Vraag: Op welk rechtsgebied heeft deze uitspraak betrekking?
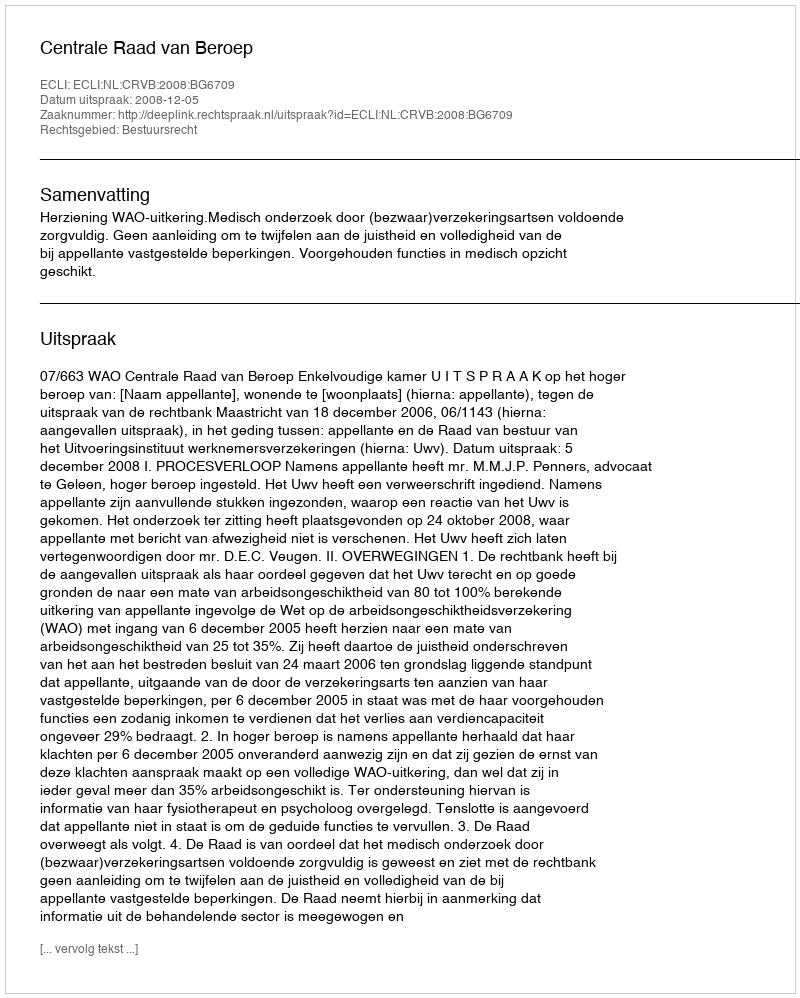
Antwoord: Bestuursrecht